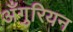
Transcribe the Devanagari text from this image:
अँगुरियन